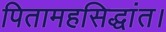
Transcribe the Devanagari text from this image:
पितामहसिद्धांत।